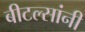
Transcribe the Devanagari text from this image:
बीटल्सांनी